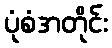
ပုံစံအတိုင်း